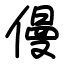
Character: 僈